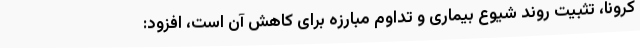
کرونا، تثبیت روند شیوع بیماری و تداوم مبارزه برای کاهش آن است، افزود: